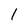
Character: 1